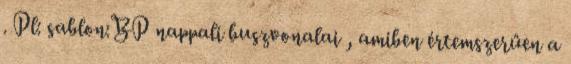
. Pl: sablon:BP nappali buszvonalai , amiben értemszerűen a